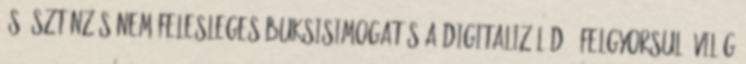
és ösztönzés nem felesleges buksisimogatás A digitalizálódó, felgyorsuló világ